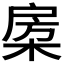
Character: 𣓯